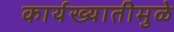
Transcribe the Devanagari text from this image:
कार्यख्यातीमुळे